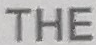
THE